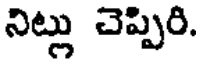
నిట్లు చెప్పిరి.